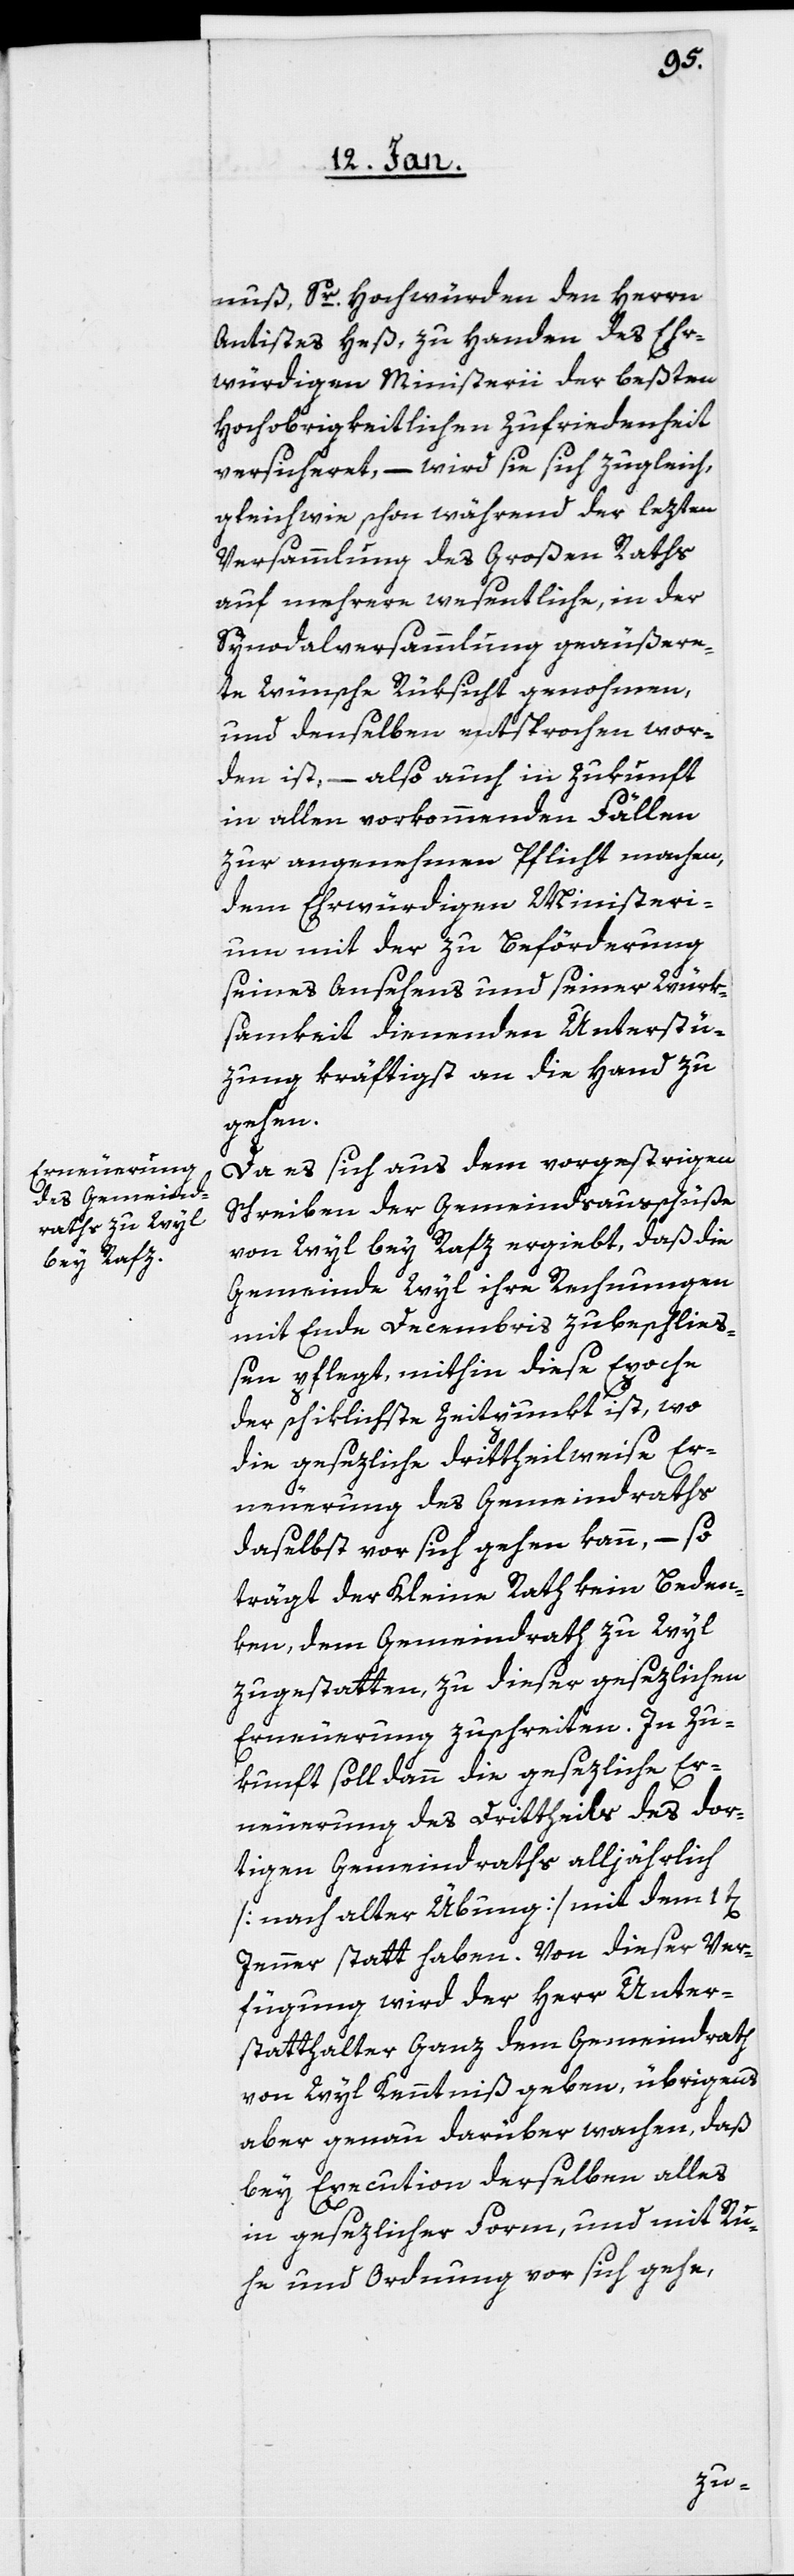
nuß, Sr. Hochwürden den Herrn
Antistes Heß, zu Handen des Ehr¬
würdigen Ministerii der beßten
Hochobrigkeitlichen Zufriedenheit
versicheret, – wird sie sich zugleich,
gleichwie schon während der lezten
Versammlung des Großen Raths
auf mehrere wesentliche, in der
Synodalversammlung geäußer¬
te Wünsche Rücksicht genohmen,
und denselben entsprochen wor¬
den ist, – also auch in Zukunft
in allen vorkommenden Fällen
zur angenehmen Pflicht machen,
dem Ehrwürdigen Ministeri¬
um mit der zu Beförderung
seines Ansehens und seiner Würk¬
samkeit dienenden Unterstüt¬
zung kräftigst an die Hand zu
gehen.
Da es sich aus dem vorgestrigen
Schreiben der Gemeindsausschüße
von Wyl bey Rafz ergiebt, daß die
Gemeinde Wyl ihre Rechnungen
mit Ende Decembris zu beschließ¬
en pflegt, mithin diese Epoche
der schiklichste Zeitpunkt ist, wo
die gesezliche drittheilweise Er¬
neuerung des Gemeindraths
daselbst vor sich gehen kann, – so
trägt der Kleine Rath kein Beden¬
ken, dem Gemeindrath zu Wyl
zugestatten, zu dieser gesezlichen
Erneuerung zu schreiten. In Zu¬
kunft soll dann die gesezliche Er¬
neuerung des Drittheils des dor¬
tigen Gemeindraths alljährlich
[nach alter Übung] mit dem 1t[en].
Jenner statt haben. Von dieser Ver¬
fügung wird der Herr Unter¬
statthalter Ganz dem Gemeindrath
von Wyl Kenntniß geben, übrigens
aber genau darüber wachen, daß
bey Execution derselben alles
in gesezlicher Form, und mit Ru¬
he und Ordnung vor sich gehe,